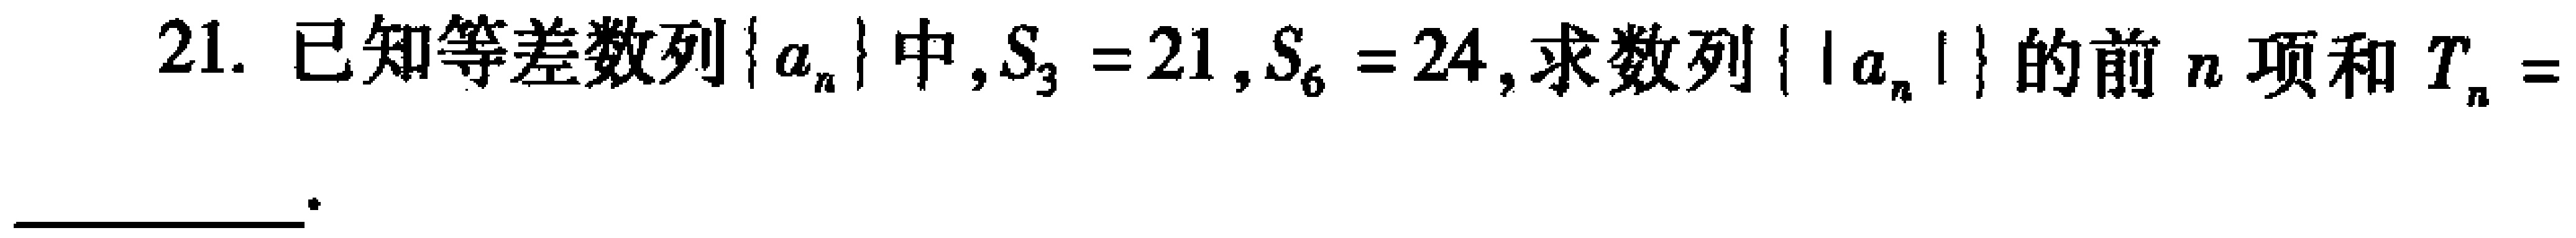
21. 已知等差数列\(\{ a_{n}\}\)中，\(S_{3}=21\)，\(S_{6}=24\)，求数列\(\{ |a_{n}|\}\)的前\(n\)项和\(T_{n}=\)  。